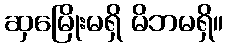
ဆှမြေိုးမရှိ မိဘမရှိ။